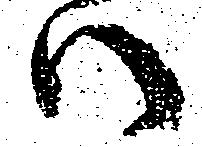
ハ